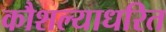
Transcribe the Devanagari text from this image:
कौशल्याधरित